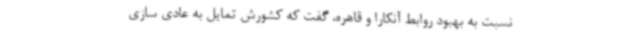
نسبت به بهبود روابط آنکارا و قاهره، گفت که کشورش تمایل به عادی سازی